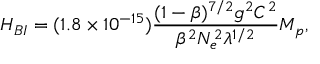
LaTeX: H _ { B I } = ( 1 . 8 \times 1 0 ^ { - 1 5 } ) \frac { ( 1 - \beta ) ^ { 7 / 2 } g ^ { 2 } { \cal C } ^ { 2 } } { \beta ^ { 2 } N _ { e } ^ { 2 } \lambda ^ { 1 / 2 } } M _ { p } ,